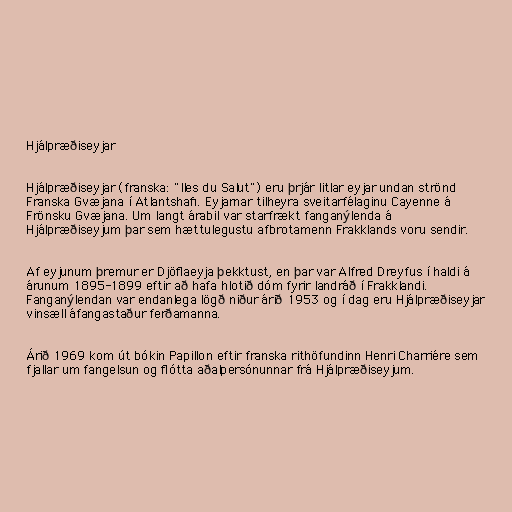
Hjálpræðiseyjar

Hjálpræðiseyjar (franska: "Iles du Salut") eru þrjár litlar eyjar undan strönd
Franska Gvæjana í Atlantshafi. Eyjarnar tilheyra sveitarfélaginu Cayenne á
Frönsku Gvæjana. Um langt árabil var starfrækt fanganýlenda á
Hjálpræðiseyjum þar sem hættulegustu afbrotamenn Frakklands voru sendir.

Af eyjunum þremur er Djöflaeyja þekktust, en þar var Alfred Dreyfus í haldi á
árunum 1895-1899 eftir að hafa hlotið dóm fyrir landráð í Frakklandi.
Fanganýlendan var endanlega lögð niður árið 1953 og í dag eru Hjálpræðiseyjar
vinsæll áfangastaður ferðamanna.

Árið 1969 kom út bókin Papillon eftir franska rithöfundinn Henri Charriére sem
fjallar um fangelsun og flótta aðalpersónunnar frá Hjálpræðiseyjum.